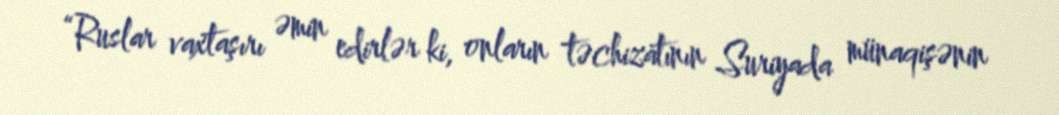
“Ruslar vaxtaşırı əmin edirlər ki, onların təchizatının Suriyada münaqişənin